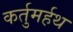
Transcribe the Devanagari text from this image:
कर्तुमर्हथ